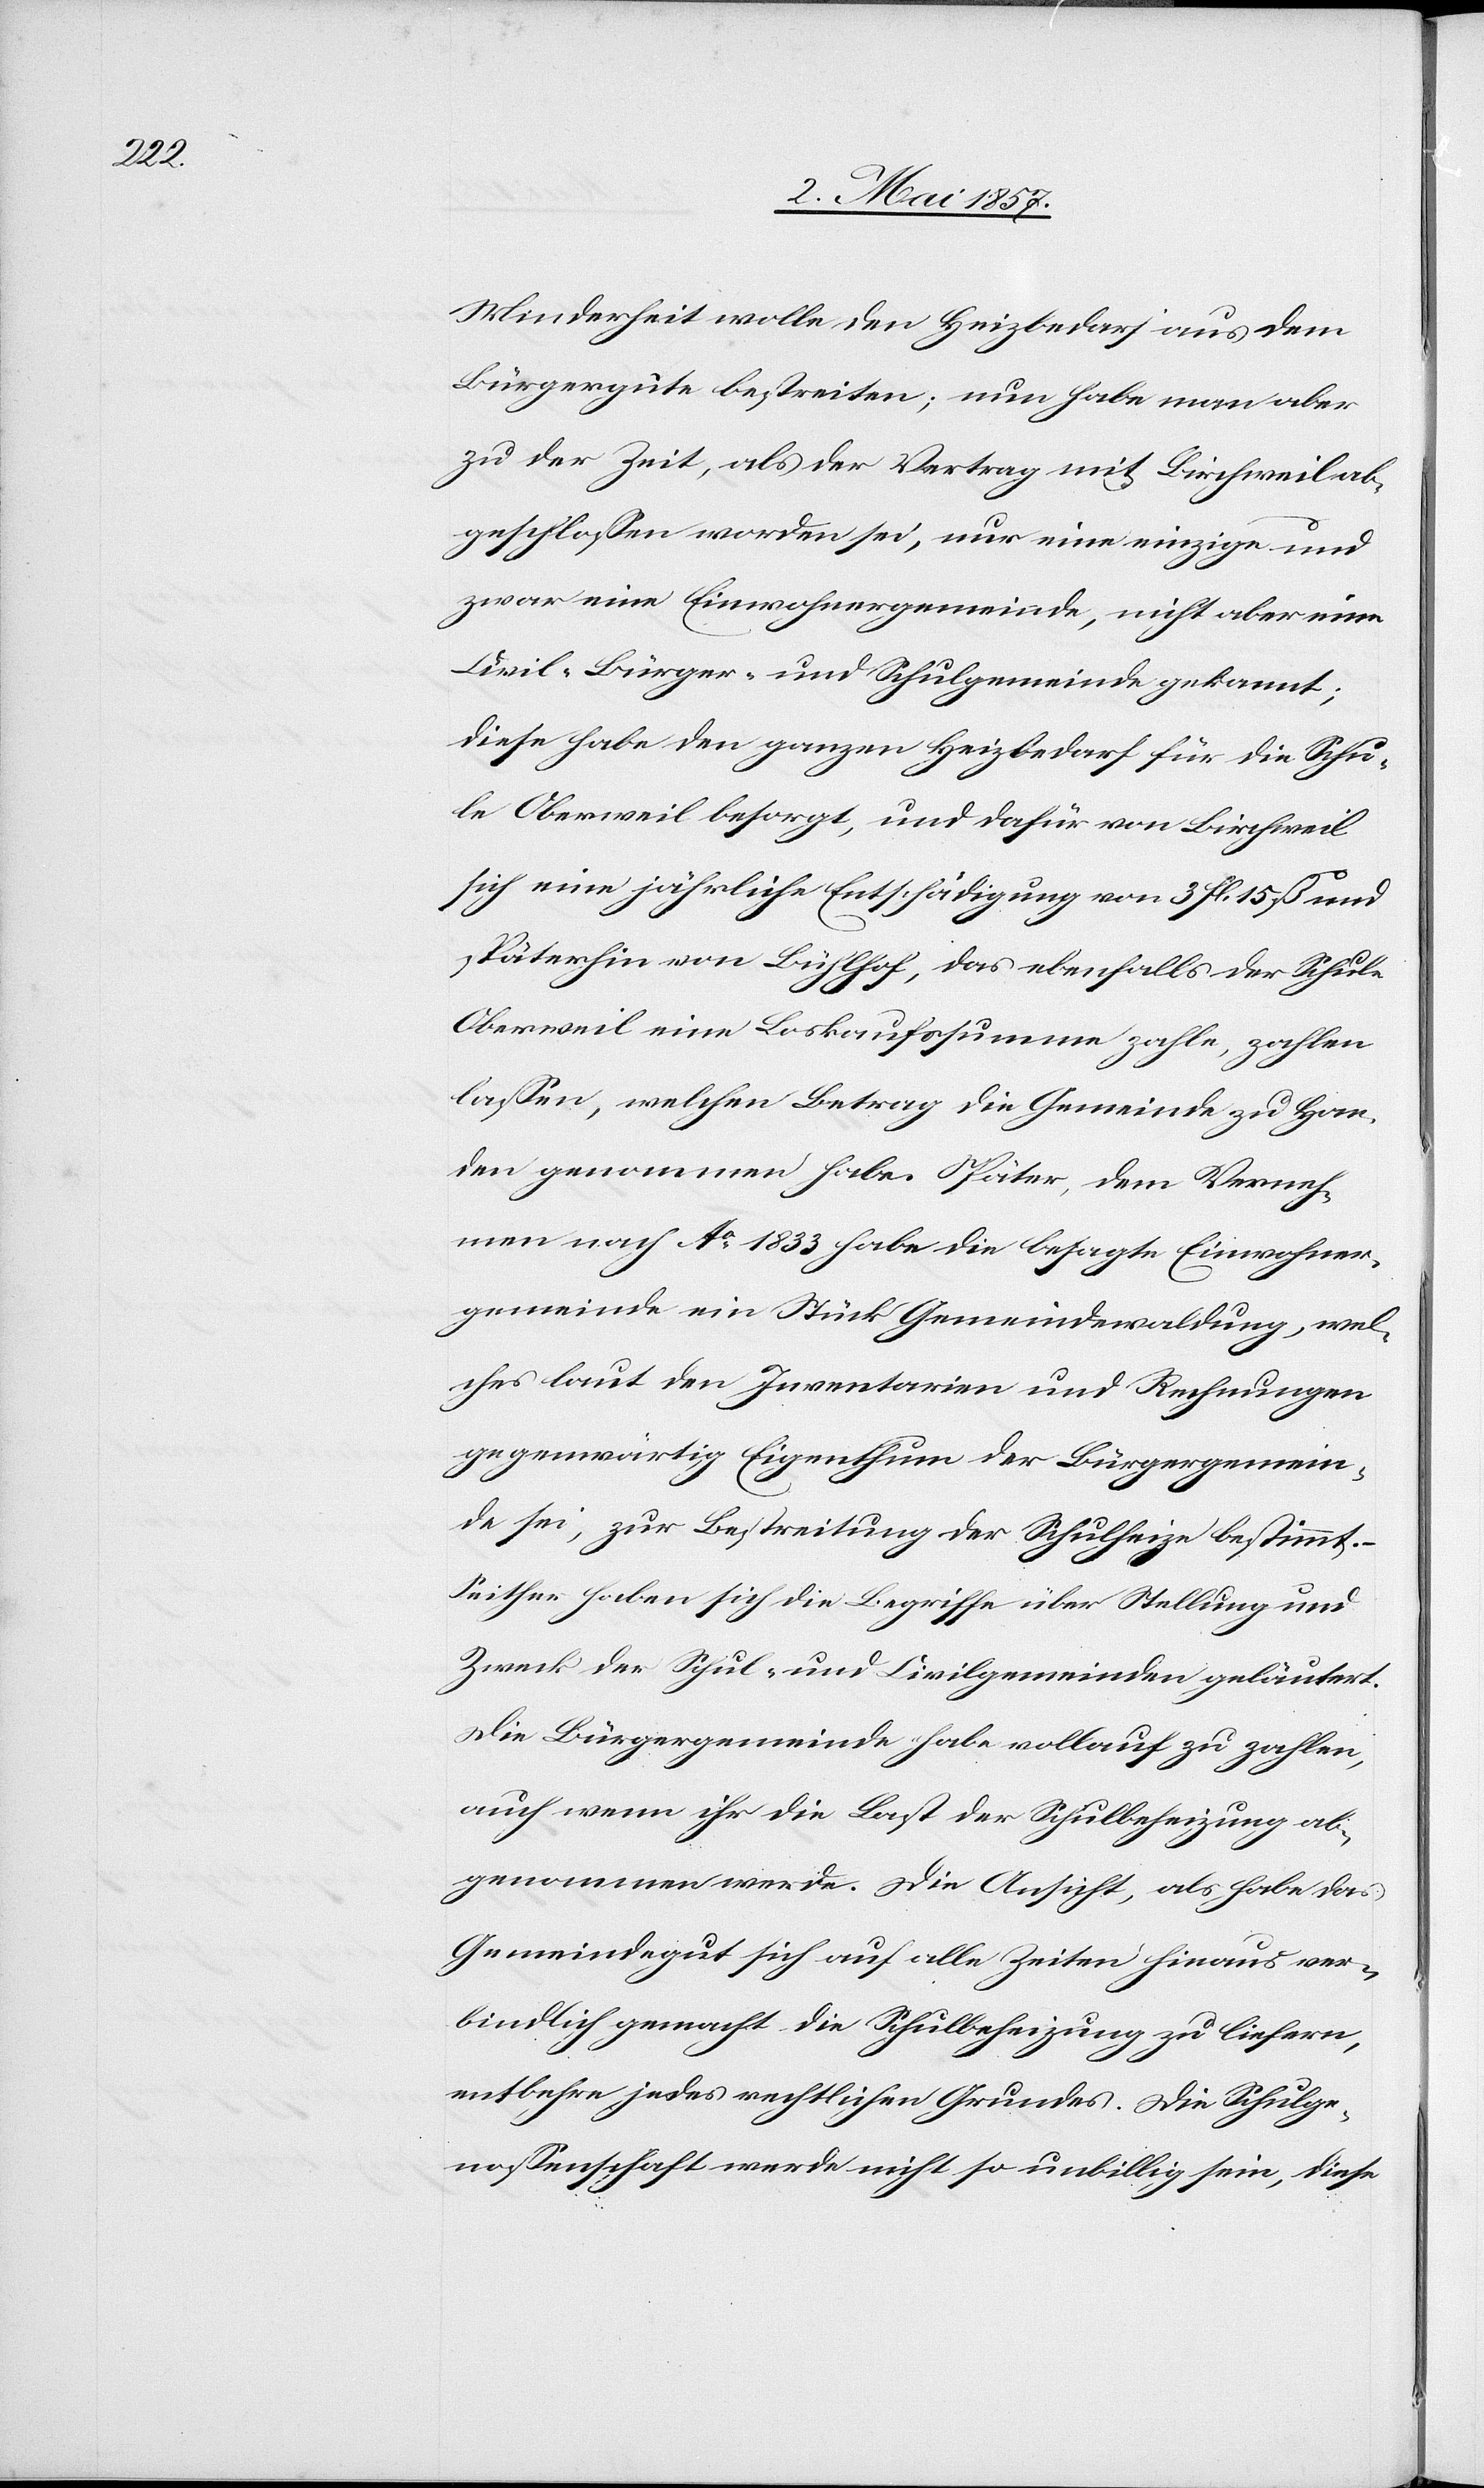
Minderheit wolle, den Heizbedarf aus dem
Bürgergute bestreiten; nun habe man aber
zu der Zeit, als der Vertrag mit Birchweil ab¬
geschlossen worden sei, nur eine einzige und
zwar eine Einwohnergemeinde, nicht aber einen
Civil-Bürger- und Schulgemeinde gekannt;
diese habe den ganzen Heizbedarf für die Schu¬
le Oberweil besorgt, und dafür von Birchweil
sich eine jährliche Entschädigung von 3 fl. 15 ß und
späterhin von Bühlhof, das ebenfalls der Schule
Oberweil eine Loskaufssumme zahle, zahlen
lassen, welchen Betrag die Gemeinde zu Han¬
den genommen habe. Später, dem Verneh¬
men nach Ao. 1833 habe die besagte Einwohner¬
gemeinde ein Stück Gemeindswaldung, wel¬
ches laut den Inventarien und Rechnungen
gegenwärtig Eigenthum der Bürgergemein¬
de sei, zur Bestreitung der Schulheize bestimmt.
Seither haben sich die Begriffe über Stellung und
Zweck der Schul- und Civilgemeinden geläutert.
Die Bürgergemeinde habe vollauf zu zahlen,
auch wenn ihr die Last der Schulheizung ab¬
genommen werde. Die Ansicht, als habe das
Gemeindgut sich auf alle Zeiten hinaus ver¬
bindlich gemacht die Schulheizung zu liefern,
entbehre jedes rechtlichen Grundes. Die Schulge¬
nossenschaft werde nicht so unbillig sein, diese